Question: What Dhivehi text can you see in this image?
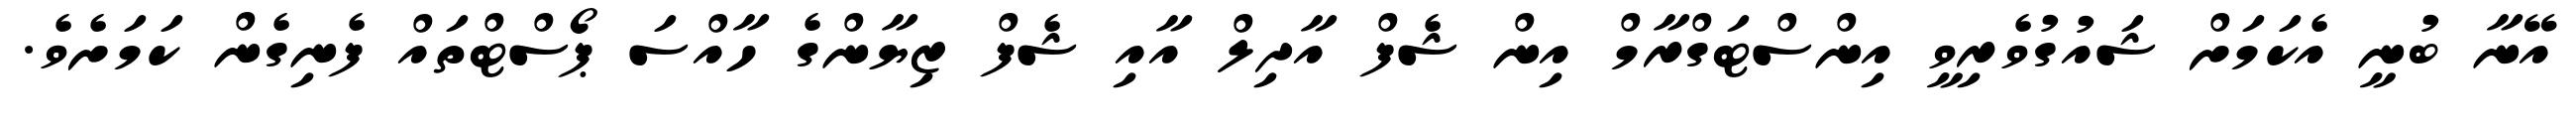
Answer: އޭނާ ބުނީ އެކަމަށް ޝައުގުވެރިވީ އިންސްޓަގްރާމް އިން ޝެފް އާދިލް އާއި ޝެފް ޒިޔާންގެ ހާއްސަ ޕޯސްޓްތައް ފެނިގެން ކަމަށެވެ.